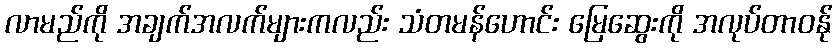
လာမည်ကို အချက်အလက်များကလည်း သံတမန်ဟောင်း မြေဆွေးကို အလုပ်တာဝန်ု